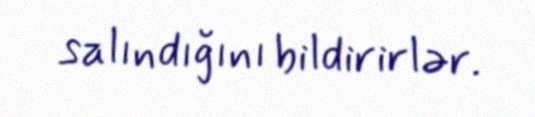
salındığını bildirirlər.